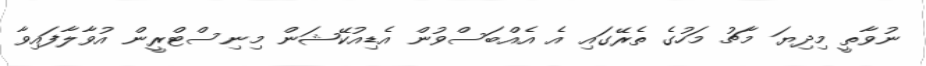
ނުވާތީ މިދިިޔަ މާޗު މަހުގެ ތެރޭގައި އެ އެއްބަސްވުން އެޑިއުކޭޝަން މިނިސްޓްރީން އުވާލާފައިވާ